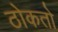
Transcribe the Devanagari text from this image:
ठोकतो